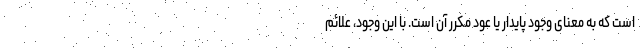
است که به معنای وجود پایدار یا عود مکرر آن است. با این وجود، علائم